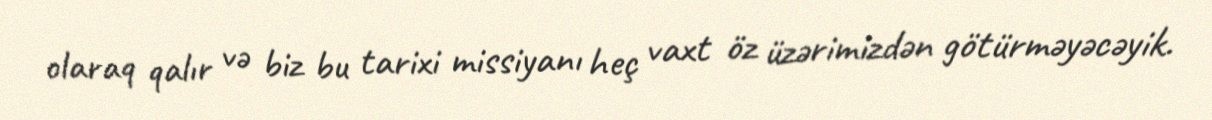
olaraq qalır və biz bu tarixi missiyanı heç vaxt öz üzərimizdən götürməyəcəyik.